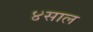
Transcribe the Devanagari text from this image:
४साल